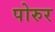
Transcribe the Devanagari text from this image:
पोरुर